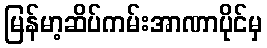
မြန်မာ့ဆိပ်ကမ်းအာဏာပိုင်မှ